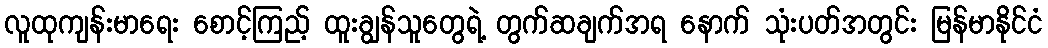
လူထုကျန်းမာရေး စောင့်ကြည့် ထူးချွန်သူတွေရဲ့ တွက်ဆချက်အရ နောက် သုံးပတ်အတွင်း မြန်မာနိုင်ငံ